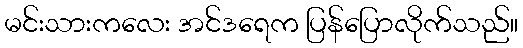
မင်းသားကလေး အင်ဒရေက ပြန်ပြောလိုက်သည်။